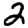
Digit: 2